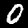
Label: 0